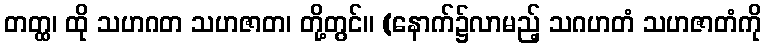
တတ္ထ၊ ထို သဟဂတ သဟဇာတ၊ တို့တွင်။ (နောက်၌လာမည့် သဂဟတံ သဟဇာတံကို